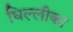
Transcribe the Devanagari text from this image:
धिल्लीका